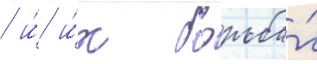
/ и́ и́х борьба́